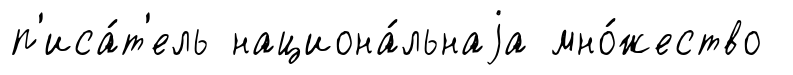
п'иса́т'ель национа́льнаjа мно́жество